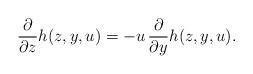
LaTeX: \begin{align*}\frac{\partial}{\partial z}h(z,y,u)=-u\, \frac{\partial}{\partial y} h(z,y,u).\end{align*}